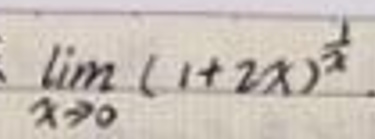
\(\lim_{x \to 0} (1 + 2x)^{\frac{1}{x}}\)